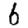
Digit: 6